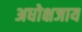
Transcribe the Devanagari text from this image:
अधोक्षजाय